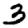
Digit: 3